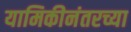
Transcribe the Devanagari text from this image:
यामिकीनंतरच्या